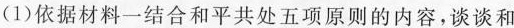
(1)依据材料一结合和平共处五项原则的内容，谈谈和